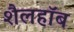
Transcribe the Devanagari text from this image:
शैलहाॅब